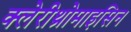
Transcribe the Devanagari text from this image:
क्लेरीथ्रोमाइसिन